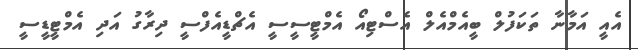
އެއީ އަމާނާ ތަކަފުލް ބީއެމްއެލް އެސްޓިއޯ އެމްޓީސީސީ އެޗްޑީއެފްސީ ދިރާގު އަދި އެމްޓީޑީސީ